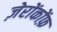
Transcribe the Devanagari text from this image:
ज़ेरोंकोंफ़